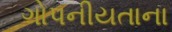
ગોપનીયતાના